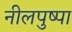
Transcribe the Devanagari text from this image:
नीलपुष्पा